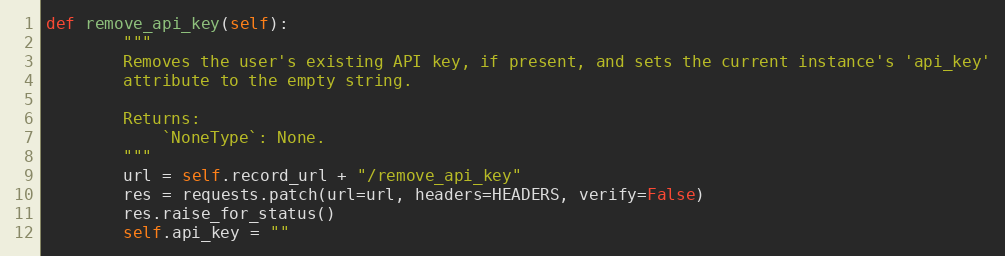
Language: Python
def remove_api_key(self):
        """
        Removes the user's existing API key, if present, and sets the current instance's 'api_key'
        attribute to the empty string.

        Returns:
            `NoneType`: None.
        """
        url = self.record_url + "/remove_api_key"
        res = requests.patch(url=url, headers=HEADERS, verify=False)
        res.raise_for_status()
        self.api_key = ""